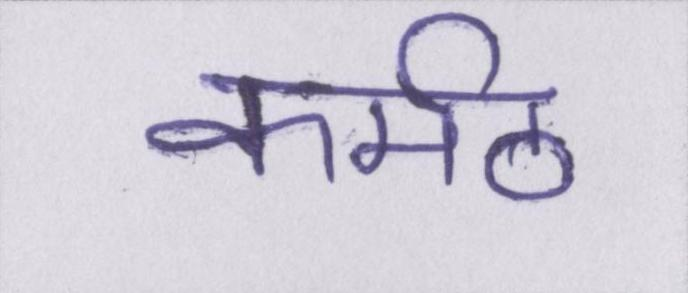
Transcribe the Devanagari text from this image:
कर्मठ